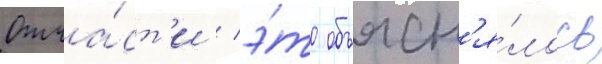
Отча́ст'и / э́то объясн'я́лось